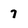
Character: 7